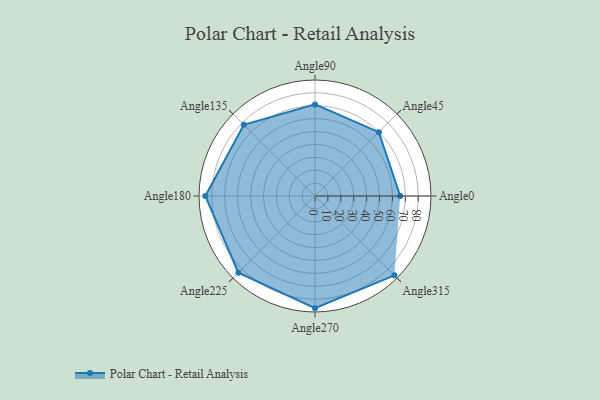
{"axis": {"x": "Angle", "y": "Radius"}, "legend": [""], "data": [{"x": "Angle0", "y": 66.0, "type": ""}, {"x": "Angle45", "y": 70.0, "type": ""}, {"x": "Angle90", "y": 71.0, "type": ""}, {"x": "Angle135", "y": 78.0, "type": ""}, {"x": "Angle180", "y": 85.0, "type": ""}, {"x": "Angle225", "y": 84.0, "type": ""}, {"x": "Angle270", "y": 87.0, "type": ""}, {"x": "Angle315", "y": 87.0, "type": ""}]}